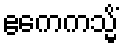
ဧကေကသ္မိံ